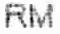
RM